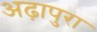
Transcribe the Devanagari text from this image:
अढ़ापुरा